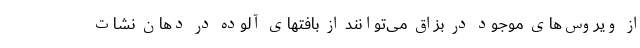
از ویروس‌های موجود در بزاق می‌توانند از بافتهای آلوده در دهان نشات